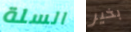
السلة بخير